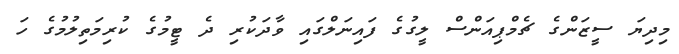
މިދިޔަ ސީޒަންގެ ޗެމްޕިއަންސް ލީގުގެ ފައިނަލްގައި ވާދަކުރި ދެ ޓީމުގެ ކުރިމަތިލުމުގެ ހަ